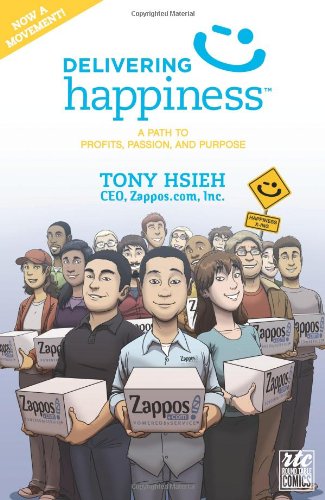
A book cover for Delivering Happiness: A Path to Profits, Passion, and Purpose; A Round Table Comic; Tony Hsieh; Comics & Graphic Novels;